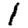
Digit: 1